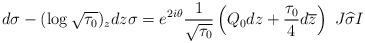
LaTeX: \begin{align*}d\sigma-(\log\sqrt{\tau_0})_zdz\sigma=e^{2i\theta}\frac{1}{\sqrt{\tau_0}}\left(Q_0dz+\frac{\tau_0}{4}d\overline{z}\right)\ J\widehat{\sigma}I\end{align*}